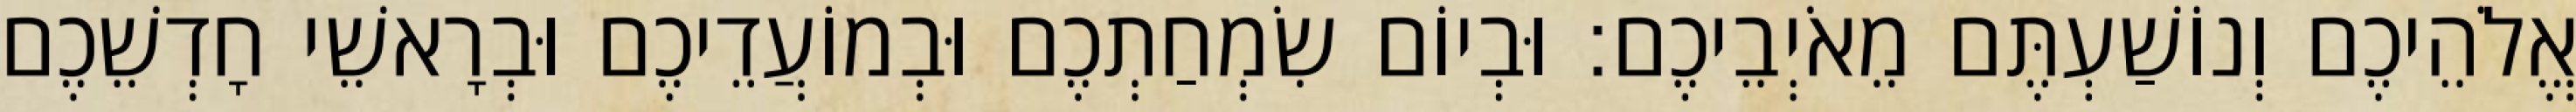
אֱלֹהֵיכֶם וְנוֹשַׁעְתֶּם מֵאֹיְבֵיכֶם׃ וּבְיוֹם שִׂמְחַתְכֶם וּבְמוֹעֲדֵיכֶם וּבְרָאשֵׁי חָדְשֵׁכֶם